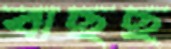
বাছছ